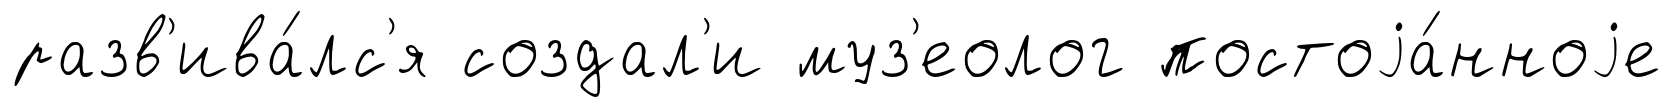
разв'ива́лс'я создал'и муз'еолог постоjа́нноjе